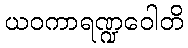
ယဝကာရဏ္ဍဝေါတိ